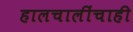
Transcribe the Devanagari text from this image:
हालचालींचाही